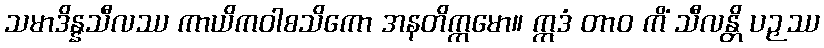
သမာဒိန္နသီလဿ ကာယိကဝါစသိကော အနတိက္ကမော။ ဣဒံ တာဝ ကိံ သီလန္တိ ပဉှဿ